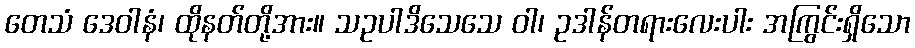
တေသံ ဒေဝါနံ၊ ထိုနတ်တို့အား။ သဥပါဒိသေသေ ဝါ၊ ဥဒါန်တရားလေးပါး အကြွင်းရှိသော